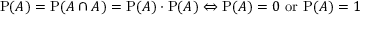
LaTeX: \mathrm { P } ( A ) = \mathrm { P } ( A \cap A ) = \mathrm { P } ( A ) \cdot \mathrm { P } ( A ) \Leftrightarrow \mathrm { P } ( A ) = 0 { \mathrm { ~ o r ~ } } \mathrm { P } ( A ) = 1